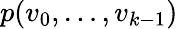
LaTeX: p(v_{0},\ldots,v_{k-1})